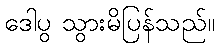
ဒေါပွ သွားမိပြန်သည်။